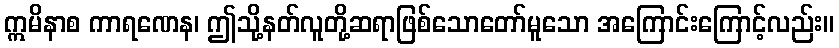
ဣမိနာစ ကာရဏေန၊ ဤသို့နတ်လူတို့ဆရာဖြစ်သောတော်မူသော အကြောင်းကြောင့်လည်း။